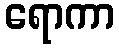
ရောကာ